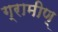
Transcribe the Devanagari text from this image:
ग्रामीण्